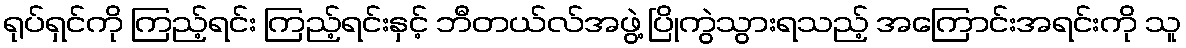
ရုပ်ရှင်ကို ကြည့်ရင်း ကြည့်ရင်းနှင့် ဘီတယ်လ်အဖွဲ့ ပြိုကွဲသွားရသည့် အကြောင်းအရင်းကို သူ